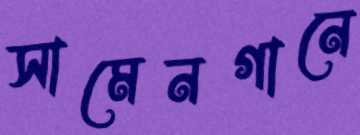
সামেনগানে